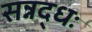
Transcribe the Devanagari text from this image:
सन्नद्धः